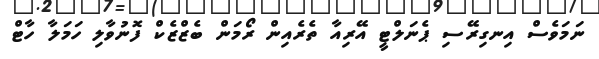
ނަމަވެސް އިނގިރޭސި ޕެނަލްޓީ އޭރިއާ ތެރެއިން ރޯމަން ބެޒްޒެކް ފޮނުވާލި ހަމަލާ ހާޓް